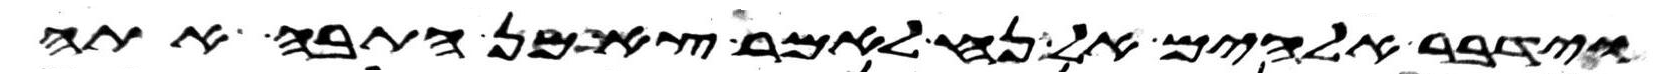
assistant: וידבר אלהים אל נח לאמר צא מן התבה אתה